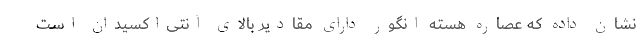
نشان داده که عصاره هسته انگور دارای مقادیر بالای آنتی‌اکسیدان است